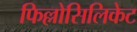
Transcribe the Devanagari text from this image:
फिल्लोसिलिकेट